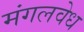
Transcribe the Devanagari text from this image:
मंगलवेध